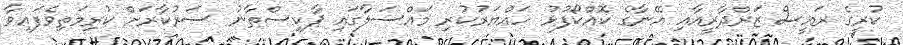
ކުރީގެ ރައީސް ޒަރްދާރީއާއި އޭނާގެ ކޮއްކޯފުޅު ހައްޔަރުކުރި މައްސަލާގައި ޕާކިސްތާނު ސަރުކާރަށް ކުރިމަތިވެފައިވާ